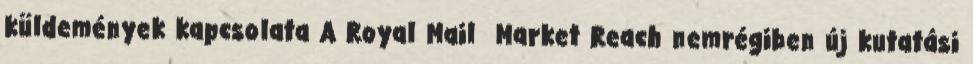
küldemények kapcsolata A Royal Mail Market Reach nemrégiben új kutatási